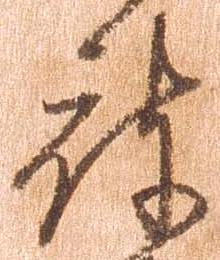
被